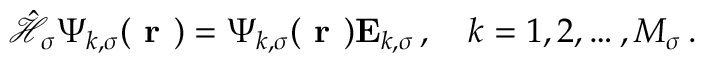
\hat { \mathcal { { H } } } _ { \sigma } \boldsymbol { \Psi } _ { k , \sigma } ( \boldsymbol { \textbf { r } } ) = \boldsymbol { \Psi } _ { k , \sigma } ( \boldsymbol { \textbf { r } } ) \mathbf { E } _ { k , \sigma } \, , \quad k = 1 , 2 , \ldots , M _ { \sigma } \, .